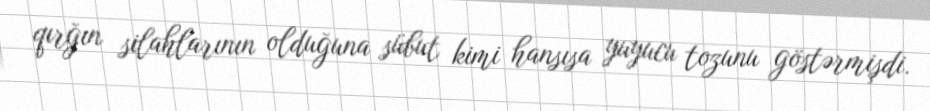
qırğın silahlarının olduğuna sübut kimi hansısa yuyucu tozunu göstərmişdi.